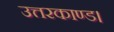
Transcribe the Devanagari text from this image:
उत्तरकाण्ड।